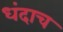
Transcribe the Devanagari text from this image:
धंदाच